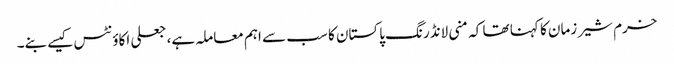
خرم شیر زمان کا کہنا تھا کہ منی لانڈرنگ پاکستان کا سب سے اہم معاملہ ہے، جعلی اکاؤنٹس کیسے بنے۔